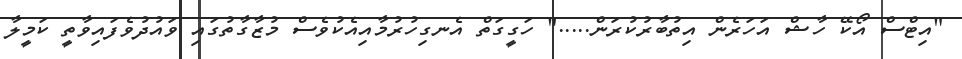
"އިޓްސް އޯކޭ ހާޝް އަހަރެން އިތުބާރުކުރަން....." ހަގީގަތް އެނގިހުރުމާއިއެކުވެސް މުޒާގާތުގައި ވައުދުވެފައިވާތީ ކަމީލާ